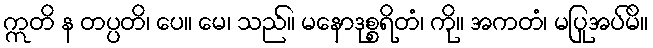
ဣတိ န တပ္ပတိ၊ ပေ။ မေ၊ သည်။ မနောဒုစ္စရိတံ၊ ကို။ အကတံ၊ မပြုအပ်မိ။